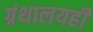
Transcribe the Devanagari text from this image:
ग्रंथालयही